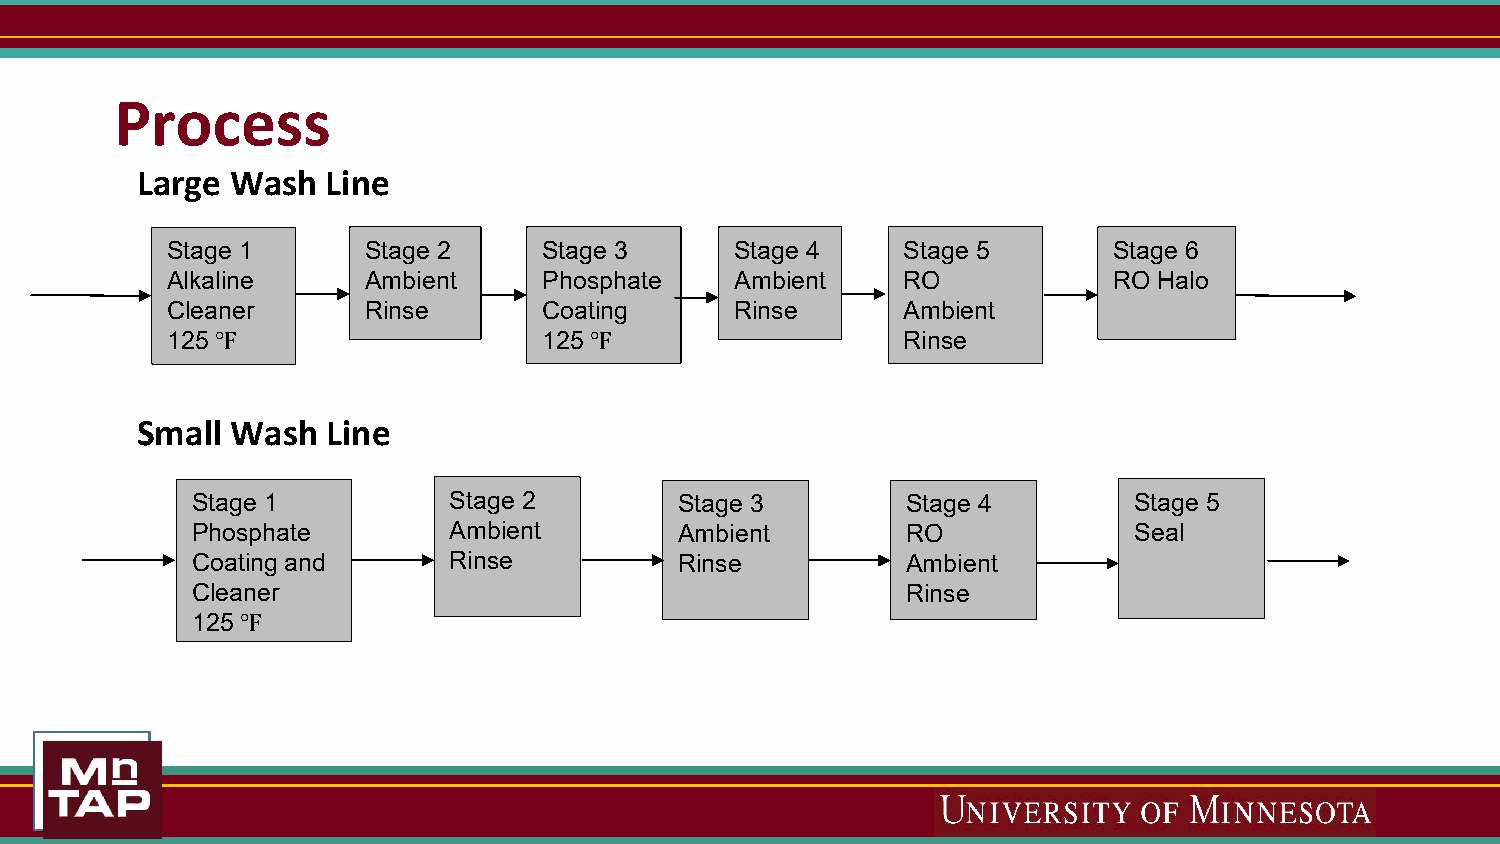
Process
 Large Wash   Line
 Stage 1      Stage 2     Stage 3      Stage 4    Stage 5       Stage 6
 Alkaline     Ambient     Phosphate    Ambient    RO            RO Halo
 Cleaner      Rinse       Coating      Rinse      Ambient
 125                      125                     Rinse
 ℉                        ℉
 Small Wash   Line
 Stage 1          Stage 2        Stage 3        Stage 4        Stage 5
 Phosphate        Ambient        Ambient        RO             Seal
 Coating and      Rinse          Rinse          Ambient
 Cleaner                                        Rinse
 125
 ℉